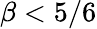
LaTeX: \beta<5/6